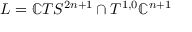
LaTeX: L = \mathbb { C } T S ^ { 2 n + 1 } \cap T ^ { 1 , 0 } \mathbb { C } ^ { n + 1 }